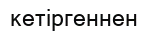
кетіргеннен